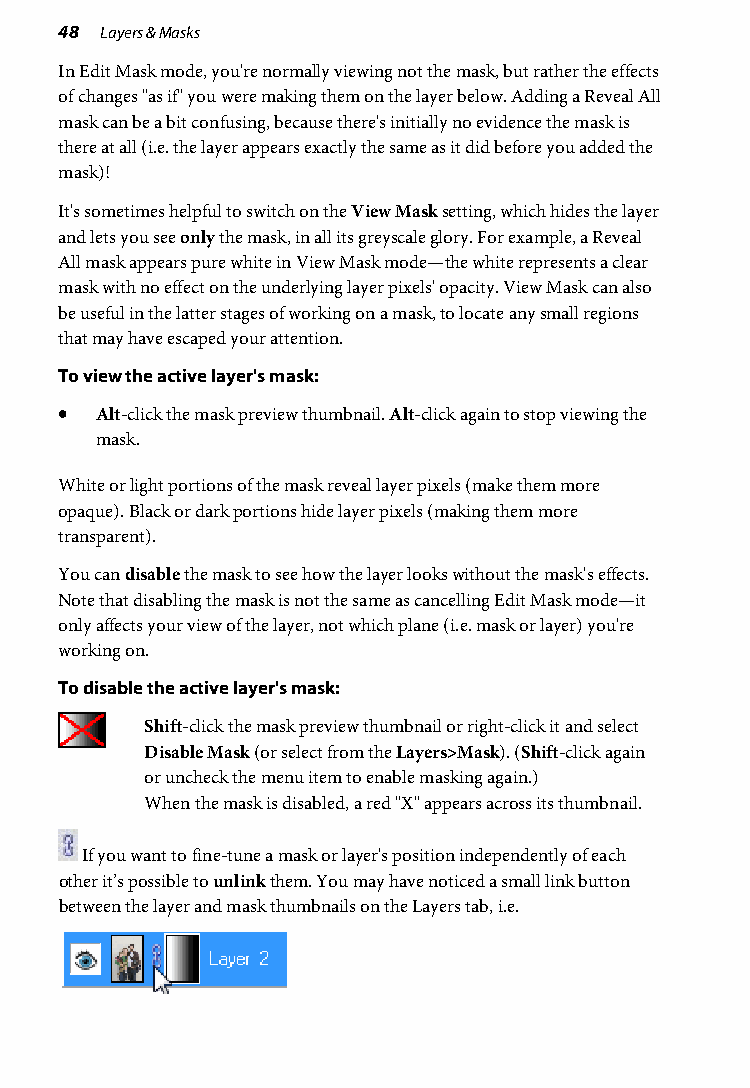
48 Layers & Masks
 In Edit Mask mode, you're normally viewing not the mask, but rather the effects
 of changes "as if" you were making them on the layer below. Adding a Reveal All
 mask can be a bit confusing, because there's initially no evidence the mask is
 there at all (i.e. the layer appears exactly the same as it did before you added the
 mask)!
 It's sometimes helpful to switch on the View Mask setting, which hides the layer
 and lets you see only the mask, in all its greyscale glory. For example, a Reveal
 All mask appears pure white in View Mask mode—the white represents a clear
 mask with no effect on the underlying layer pixels' opacity. View Mask can also
 be useful in the latter stages of working on a mask, to locate any small regions
 that may have escaped your attention.
 To view the active layer's mask:
 • Alt-click the mask preview thumbnail. Alt-click again to stop viewing the
 mask.
 White or light portions of the mask reveal layer pixels (make them more
 opaque). Black or dark portions hide layer pixels (making them more
 transparent).
 You can disable the mask to see how the layer looks without the mask's effects.
 Note that disabling the mask is not the same as cancelling Edit Mask mode—it
 only affects your view of the layer, not which plane (i.e. mask or layer) you're
 working on.
 To disable the active layer's mask:
 Shift-click the mask preview thumbnail or right-click it and select
 Disable Mask (or select from the Layers>Mask). (Shift-click again
 or uncheck the menu item to enable masking again.)
 When the mask is disabled, a red "X" appears across its thumbnail.
 If you want to fine-tune a mask or layer's position independently of each
 other it’s possible to unlink them. You may have noticed a small link button
 between the layer and mask thumbnails on the Layers tab, i.e.